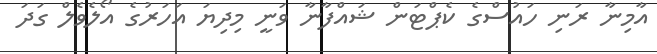
އާމިނާ ރަނި ހައުސްގެ ކެޕްޓަން ޝައްފާނާ ވަނީ މިދިޔަ އަހަރުގެ އޯލެވެލް ގަދަ